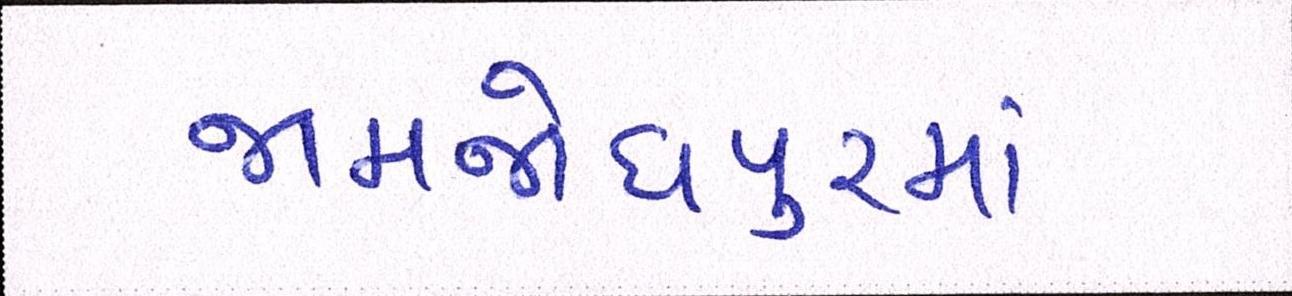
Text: જામજોધપુરમાં